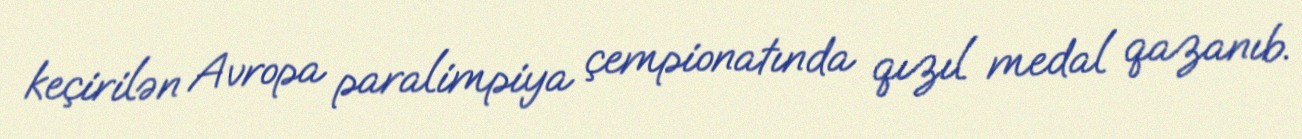
keçirilən Avropa paralimpiya çempionatında qızıl medal qazanıb.